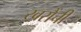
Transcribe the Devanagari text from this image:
खरोंची